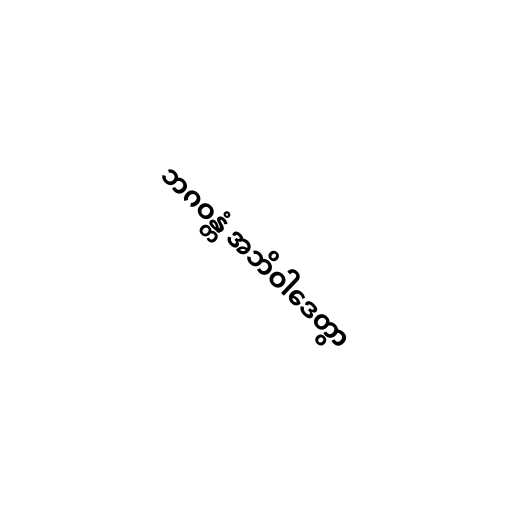
ဘဂဝန္တံ အဘိဝါဒေတွာ